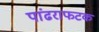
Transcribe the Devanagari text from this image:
पांढराफटक